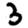
Digit: 3